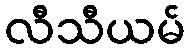
လီသီယမ်